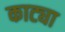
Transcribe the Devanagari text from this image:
काट्या